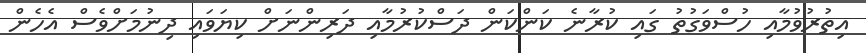
އިތުރުވުމާއި ހުސްވަގުތު ގައި ކުރާނެ ކަންކަން ދަސްކުރުމާއި ދަރިންނަށް ކިޔަވައި ދިނުމަށްވެސް އެހެން